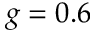
g = 0 . 6